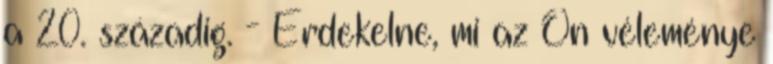
a 20. századig. - Érdekelne, mi az Ön véleménye